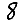
Digit: 8